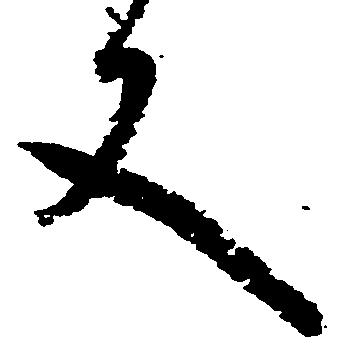
文